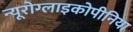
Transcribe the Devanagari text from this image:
न्यूरोग्लाइकोपीनिया